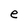
Character: e